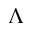
\Lambda